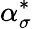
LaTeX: \alpha_{\sigma}^{*}